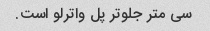
سی متر جلوتر پل واترلو است.